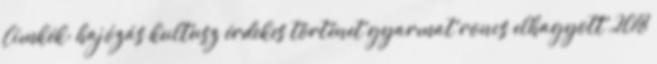
Címkék: hajózás kultusz érdekes történet gyarmat roncs elhagyott 2018